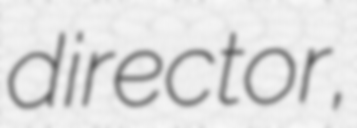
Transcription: director,